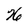
Character: X